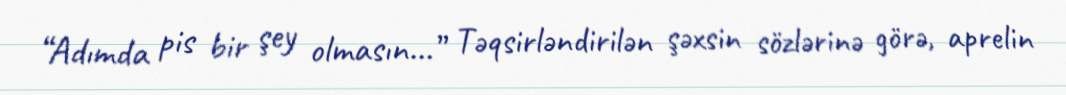
“Adımda pis bir şey olmasın...” Təqsirləndirilən şəxsin sözlərinə görə, aprelin